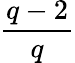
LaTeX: \frac{q-2}{q}